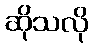
ဆိုသလို